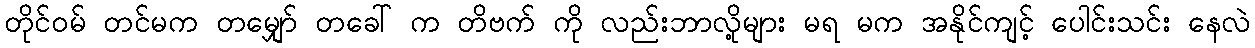
တိုင်ဝမ် တင်မက တမျှော် တခေါ် က တိဗက် ကို လည်းဘာလို့များ မရ မက အနိုင်ကျင့် ပေါင်းသင်း နေလဲ